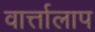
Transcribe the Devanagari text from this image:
वार्त्तालाप